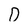
Character: D